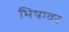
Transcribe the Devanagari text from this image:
भिषग्वर